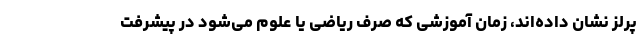
پرلز نشان داده‌اند، زمان آموزشی که صرف ریاضی یا علوم می‌شود در پیشرفت